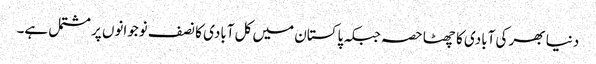
دنیا بھر کی آبادی کا چھٹا حصہ جبکہ پاکستان میں کل آبادی کا نصف نوجوانوں پر مشتمل ہے۔